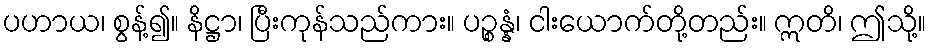
ပဟာယ၊ စွန့်၍။ နိဋ္ဌာ၊ ပြီးကုန်သည်ကား။ ပဉ္စန္နံ၊ ငါးယောက်တို့တည်း။ ဣတိ၊ ဤသို့။